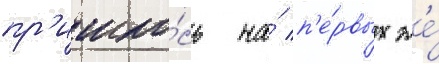
пр'ишло́сь на́ п'е́рвых же́